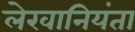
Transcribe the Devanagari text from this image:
लेखानियंता